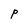
Character: P